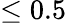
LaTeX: \le 0.5